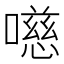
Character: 㘂